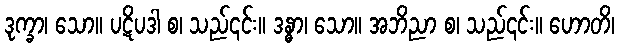
ဒုက္ခာ၊ သော။ ပဋိပဒါ စ၊ သည်၎င်း။ ဒန္ဓာ၊ သော။ အဘိညာ စ၊ သည်၎င်း။ ဟောတိ၊